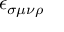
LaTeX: \epsilon _ { \sigma \mu \nu \rho }